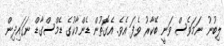
ލިބުނު ނަމަވެސް ވަނީ ބޭކާރު ވެފަ އެވެ. އެގޮތުން ޑެންމާކުގެ ޑެމްސްގާޑް ނަގައިދިން